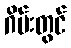
ဂိမ်းတွင်